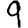
Digit: 9